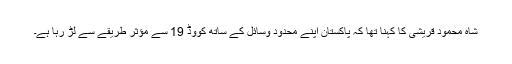
شاہ محمود قریشی کا کہنا تھا کہ پاکستان اپنے محدود وسائل کے ساتھ کووڈ 19 سے مؤثر طریقے سے لڑ رہا ہے۔